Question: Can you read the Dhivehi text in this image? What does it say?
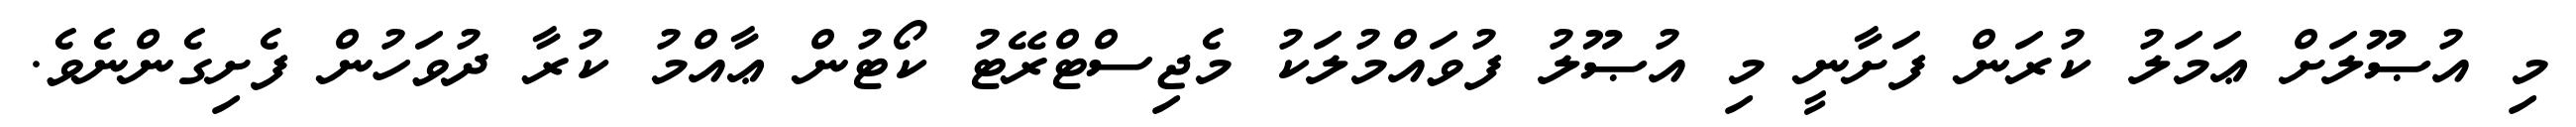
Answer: މި އުޞޫލަށް ޢަމަލު ކުރަން ފަށާނީ މި އުޞޫލު ފުވައްމުލަކު މެޖިސްޓްރޭޓު ކޯޓުން ޢާއްމު ކުރާ ދުވަހުން ފެށިގެންނެވެ.